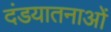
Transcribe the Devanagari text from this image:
दंडयातनाओं